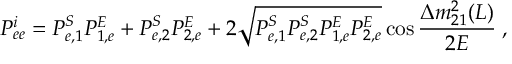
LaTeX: P _ { e e } ^ { i } = P _ { e , 1 } ^ { S } P _ { 1 , e } ^ { E } + P _ { e , 2 } ^ { S } P _ { 2 , e } ^ { E } + 2 \sqrt { P _ { e , 1 } ^ { S } P _ { e , 2 } ^ { S } P _ { 1 , e } ^ { E } P _ { 2 , e } ^ { E } } \cos \frac { \Delta m _ { 2 1 } ^ { 2 } ( L ) } { 2 E } \; ,